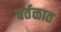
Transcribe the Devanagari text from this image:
वर्तळात